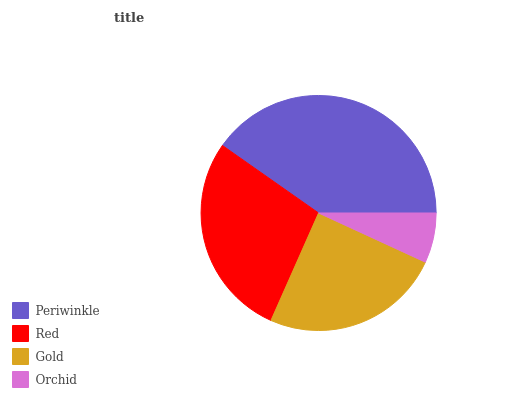
| Periwinkle | Red | Gold | Orchid |
 | --- | --- | --- | --- |
 | 40.2% | 28.1% | 24.8% | 6.87% |